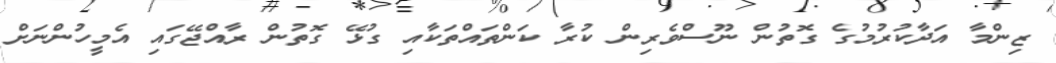
ޒިންމާ އަދާކުރުމުގެ ގޮތުން ނޫސްވެރިން ކުރާ ކަންތައްތަކާއި ގުޅޭ ގޮތުން ރާއްޖޭގައި އެމީހުންނަށް